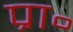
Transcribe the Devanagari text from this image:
प्रा॰